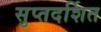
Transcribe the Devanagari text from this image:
सुप्तदर्शित